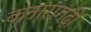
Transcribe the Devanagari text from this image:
कनारागढ़ी